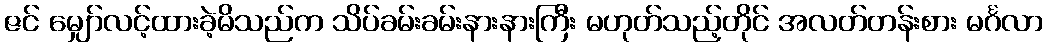
ဇင် မျှော်လင့်ထားခဲ့မိသည်က သိပ်ခမ်းခမ်းနားနားကြီး မဟုတ်သည့်တိုင် အလတ်တန်းစား မင်္ဂလာ